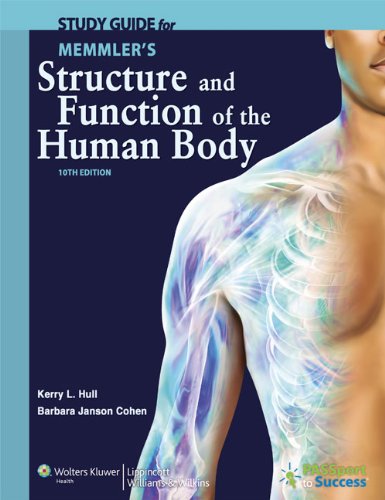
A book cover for Study Guide to Accompany Memmler's Structure and Function of the Human Body; Barbara Janson Cohen BA  MEd; Medical Books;